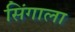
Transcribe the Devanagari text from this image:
सिंगाला